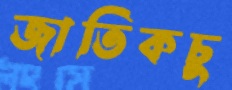
জাতিকচু